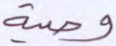
وصية